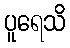
ပူရေသိ